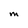
Character: M